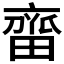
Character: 𬹲